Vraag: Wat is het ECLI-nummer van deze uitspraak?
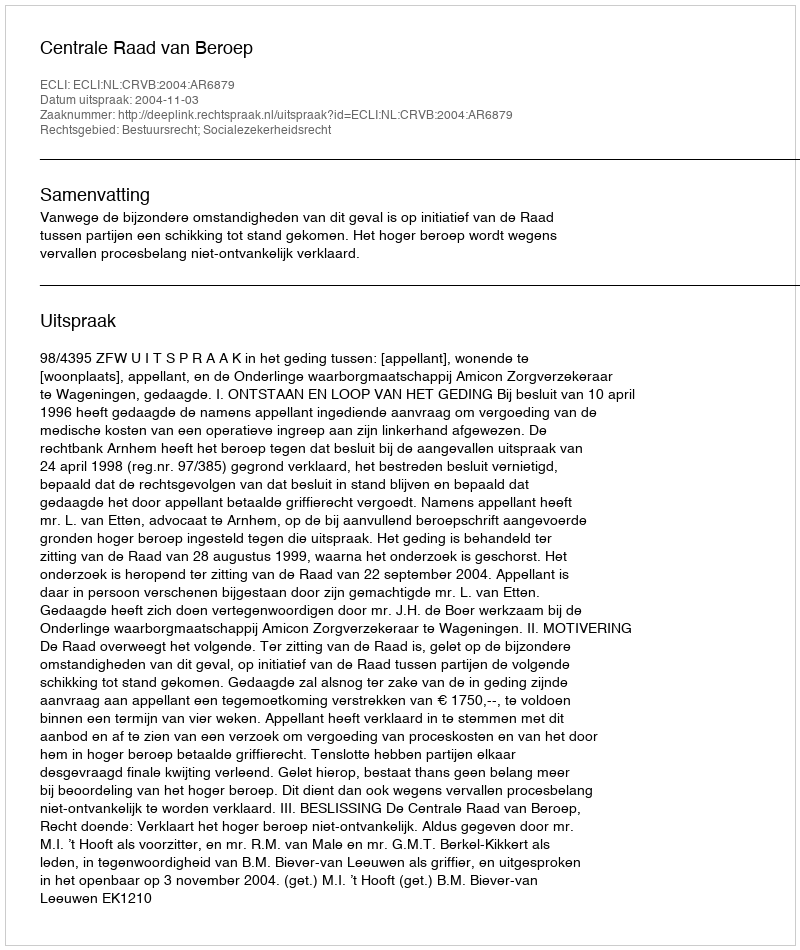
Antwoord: ECLI:NL:CRVB:2004:AR6879